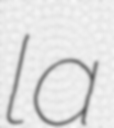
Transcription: la